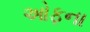
ઓફના